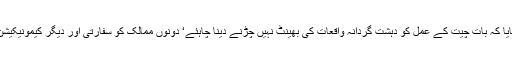
کمیٹی نے اپنی سفارش میں بتایا کہ بات چیت کے عمل کو دہشت گردانہ واقعات کی بھینٹ نہیں چڑنے دینا چاہئے‘ دونوں ممالک کو سفارتی اور دیگر کیمونیکیشن چینلز کو کھلا رکھنا چایئے۔